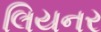
લિયનર